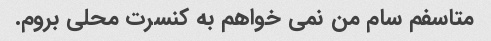
متاسفم سام من نمی خواهم به کنسرت محلی بروم.